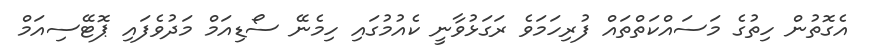
އެގޮތުން ހިތުގެ މަސައްކަތްތައް ފުރިހަމަވެ ރަގަޅުވާނީ ކެއުމުގައި ހިމެނޭ ސޯޑިއަމް މަދުވެފައި ޕޮޓޭސިއަމް